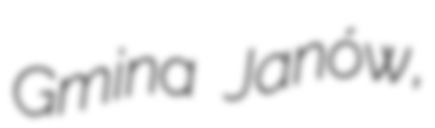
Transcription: Gmina Janów,